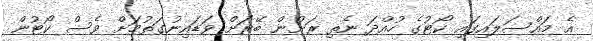
އެ މައްސަލައިގައި ކޯޓުގެ ހުއްދަ ނެތި ރަށުން ބޭރަށް ވަޑައިނުގަތުމަށް ވެސް ކޯޓުން